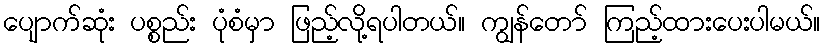
ပျောက်ဆုံး ပစ္စည်း ပုံစံမှာ ဖြည့်လို့ရပါတယ်။ ကျွန်တော် ကြည့်ထားပေးပါမယ်။